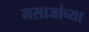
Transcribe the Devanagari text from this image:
मसाजांच्या